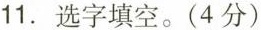
11.选字填空。(4分)